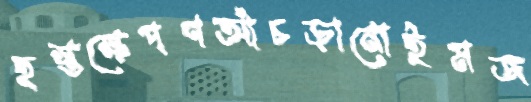
হস্তক্ষেপণআঁচড়ানোইমজ